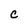
Character: C